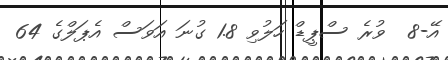
އޭ-8  ވުރެ ސްޕީޑް ހަލުވި 1.8 ގުނަ އަވަސް އެޕަލްގެ 64